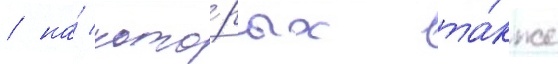
/ на́ кото́рых та́кже